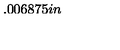
\setlength { \unitlength } { 0 . 0 0 6 8 7 5 i n }